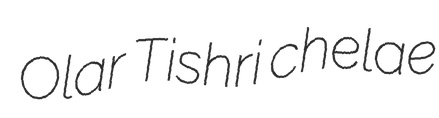
Olar Tishri chelae